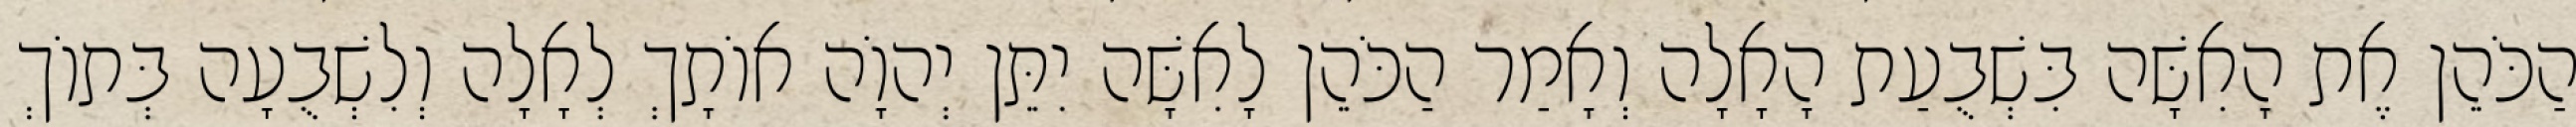
הַכֹּהֵן אֶת הָאִשָּׁה בִּשְׁבֻעַת הָאָלָה וְאָמַר הַכֹּהֵן לָאִשָּׁה יִתֵּן יְהוָֹה אוֹתָךְ לְאָלָה וְלִשְׁבֻעָה בְּתוֹךְ